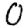
Digit: 0